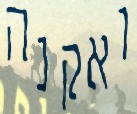
ואקנה